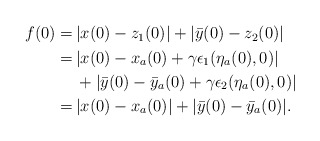
\begin{align*}\begin{aligned}f(0) =&\, |x(0)-z_1(0)|+ |\bar{y}(0)-z_2(0)|\\=& \, |x(0)-x_a(0)+\gamma \epsilon_1(\eta_a(0),0)|\\&\,+ |\bar{y}(0)-\bar{y}_a(0)+\gamma \epsilon_2(\eta_a(0),0)|\\=& \, |x(0)-x_a(0)|+ |\bar{y}(0)-\bar{y}_a(0)|.\end{aligned}\end{align*}